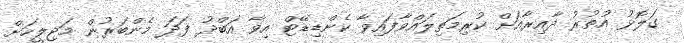
ގަލޮޅު އުތުރު ދާއިރާއަށް ކުރިމަތިލައްވާފައިވާ ކެންޑިޑޭޓް އިވާ އަބްދު ފަދަ މެންބަރުން މަޖިލީހަށް